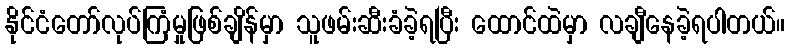
နိုင်ငံတော်လုပ်ကြံမှုဖြစ်ချိန်မှာ သူဖမ်းဆီးခံခဲ့ရပြီး ထောင်ထဲမှာ လချီနေခဲ့ရပါတယ်။